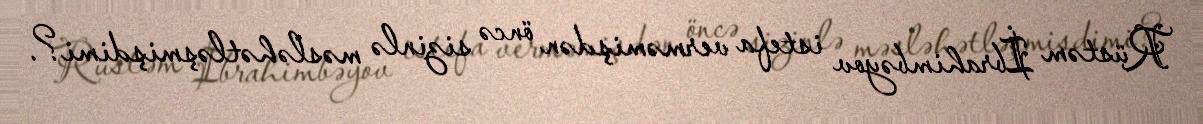
Rüstəm İbrahimbəyov istefa verməmişdən öncə sizinlə məsləhətləşmişdimi?.